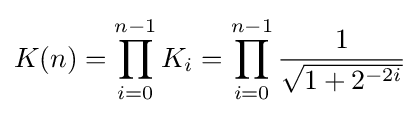
K(n)=\prod _{i=0}^{n-1}K_{i}=\prod _{i=0}^{n-1}{\frac {1}{\sqrt {1+2^{-2i}}}}